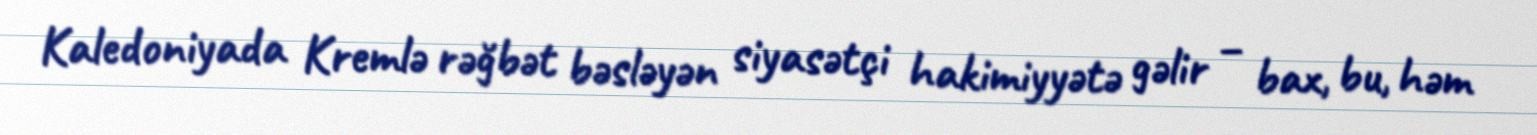
Kaledoniyada Kremlə rəğbət bəsləyən siyasətçi hakimiyyətə gəlir – bax, bu, həm